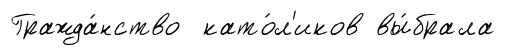
Гражда́нство като́л'иков вы́брала